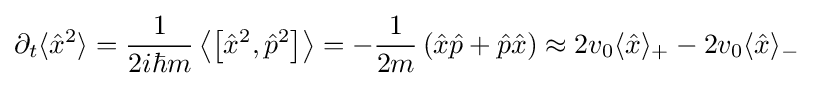
\partial _{t}\langle {\hat {x}}^{2}\rangle ={\frac {1}{2i\hbar m}}\left\langle \left[{\hat {x}}^{2},{\hat {p}}^{2}\right]\right\rangle =-{\frac {1}{2m}}\left({\hat {x}}{\hat {p}}+{\hat {p}}{\hat {x}}\right)\approx 2v_{0}\langle {\hat {x}}\rangle _{+}-2v_{0}\langle {\hat {x}}\rangle _{-}